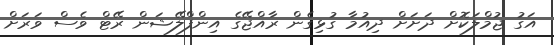
އަގު ޖުމްލަކޮށް ދަށަށް ދިއުމާ ގުޅިގެން ރާއްޖޭގެ އިންފްލޭޝަން ރޭޓް ވެސް ވަރަށް